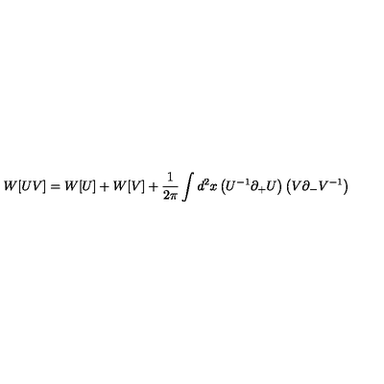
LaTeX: W [ U V ] = W [ U ] + W [ V ] + { \frac { 1 } { 2 \pi } } \int d ^ { 2 } x \left( U ^ { - 1 } \partial _ { + } U \right) \left( V \partial _ { - } V ^ { - 1 } \right)